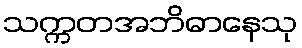
သက္ကတအဘိဓာနေသု